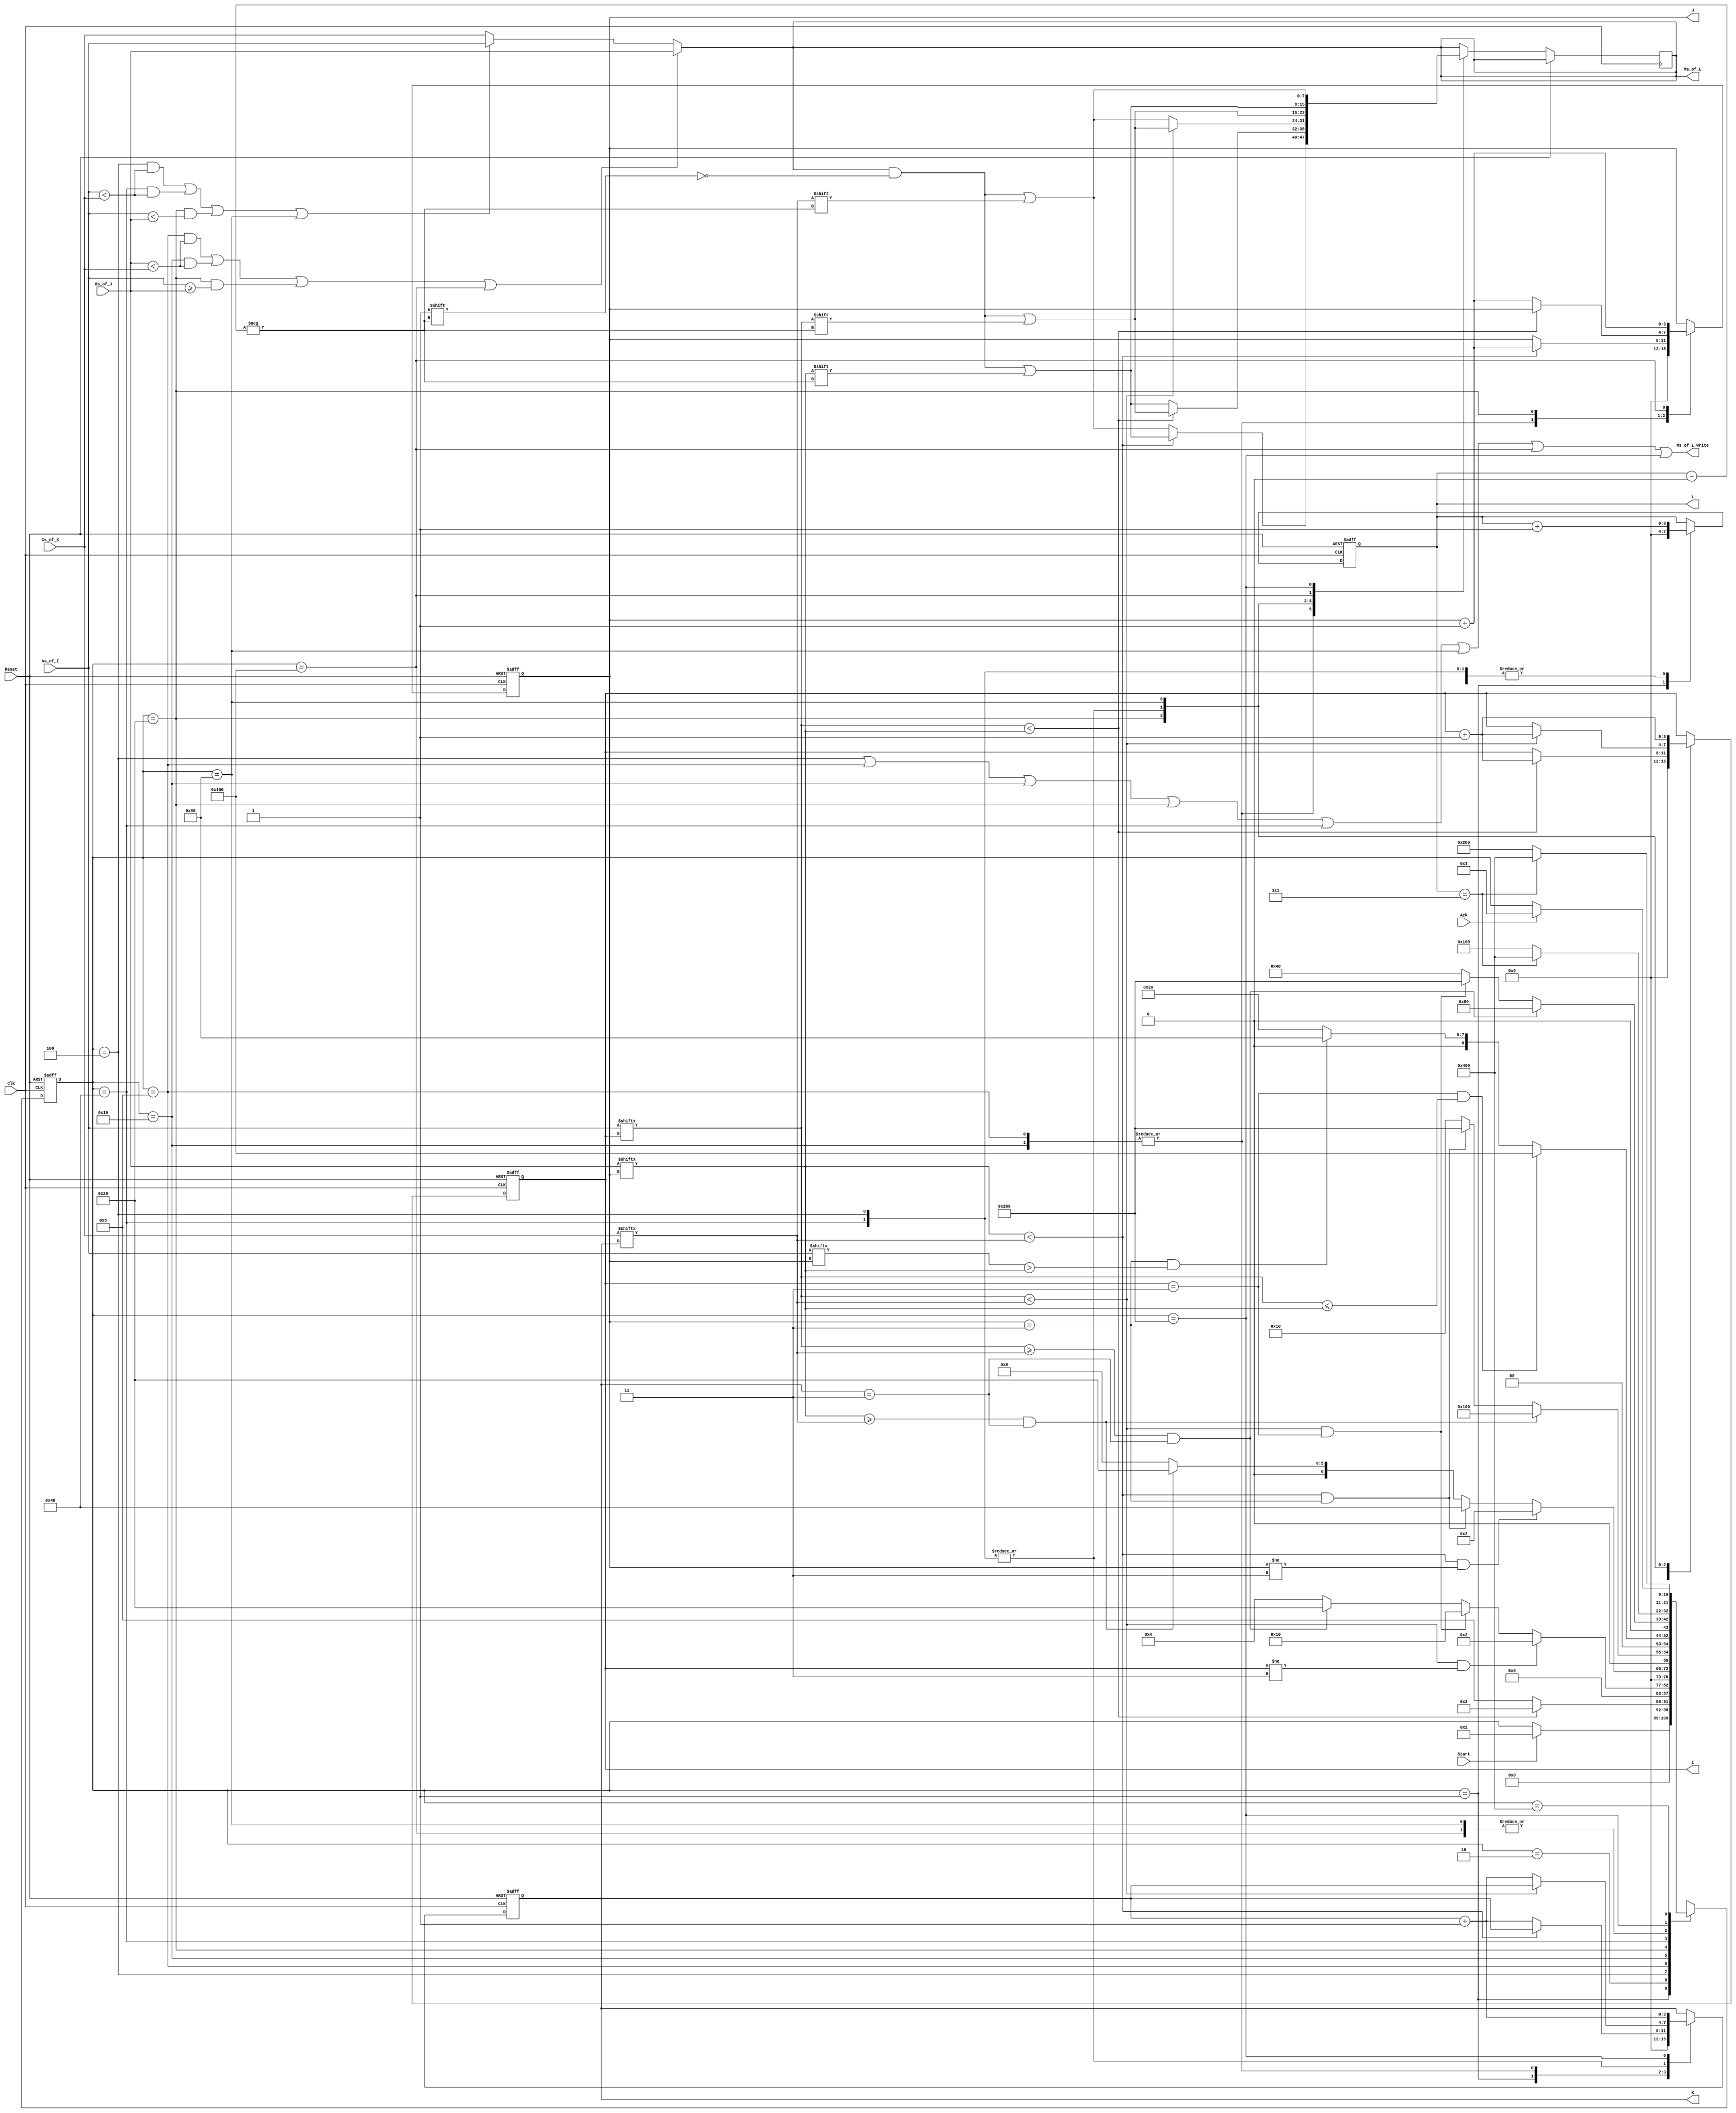
// ---------------------------------------------------------------------------------
//  Module: merge_sort_P4
// 	Design by:  Gandhi Puvvada Dec 2015 
//  Verilog coding by: Urvashi Dhoot <dhoot@usc.edu> and Pezhman Mamdouh <mamdouh@usc.edu> 
//  Minor improvement of code on 1/25/2016 by Gandhi 

//  Description: Merging three 4-element arrays A[I], B[J], C[K] presorted in ascending order 
//				 into a 12-element array M[L] in ascending order
//
//				 Coding note:
//				 Array declaration is different here compared to min_max_finder_part1.v
//
//				 In the min-max lab, the M[I] array was declared in the UUT (Unit 
//				 Under Test) using the statement reg [7:0] M [0:15];
//				 And the testbench min_max_finder_part1_tb.v initializes the content 
//				 of this array by using the heirarchical refering method (UUT.M[I]).
//				 In the UUT, we can write statements such as Max <= M[I]; 
//				 because the array M[I] is declared in the UUT.
//				  
//				 In this lab the arrays, A[I], B[J], C[K] and M[L], are declared in the testbench. 
//				 The UUT manipulates (initializes and increments) the indecies I, J, K, and L 
//				 and conveys them to the testbench.

//				 The testbench returns A[I], B[J], C[K] under the signal names As_of_I and Bs_of_J,
//				 Cs_of_K.

//				 The testbench receives from the UUT the following and writes into M[L]
// 				 the data provided to it by the UUT:
// 				 Ms_of_L, L, and the desire to write Ms_of_L_Write
//				 So the Ms_of_L_Write signal is produced combinationally. The combinational OFL
//				 (which is on the downstream of the state memory Flip-Flops) is coded thoughtfully using 
//				 an assign statement, and not a clocked RTL statement.
//				 So, in this code, we cannot write RTL statements such as M[L] <= A[I];
//				 because the arrays A[I], B[J], C[K], and M[L] are not declared in the UUT.
//				 
// 				 The min-max lab practice is suitable if the arrays such as the register file
//				 are part of the UUT namely the CPU.
//				 The practice shown here is suitable for coding pieces of hardware such as 
//				 a memory controller, because the memory is outside the memory controller.
//				 More on this in higher courses!
// ---------------------------------------------------------------------------------

`timescale 1 ns / 100 ps

module merge_sort_P4 (Reset, Clk, Start, Ack, As_of_I, Bs_of_J, Cs_of_K, Ms_of_L, Ms_of_L_Write, I, J, K, L);


// The testbench or the TOP design has the memory arrays.
// The pointers I, J, K, and L are maintained and updated here in this sub-design.

//inputs and outputs declaration
input Reset, Clk;
input Start, Ack;
input [7:0] As_of_I, Bs_of_J, Cs_of_K;

output reg [3:0] I, J, K, L; 
output Ms_of_L_Write;
output reg [7:0] Ms_of_L;
// reg and wire declaration
reg [10:0] state;

// State machine states
localparam
  INI   = 11'b00000000001,
  CAB 	= 11'b00000000010,
  CACS1 = 11'b00000000100,
  CBCS1 = 11'b00000001000,
  CBCS2 = 11'b00000010000,
  CABS2 = 11'b00000100000,
  CACS2 = 11'b00001000000,
  RA	= 11'b00010000000,
  RB	= 11'b00100000000,
  RC	= 11'b01000000000,
  DONE  = 11'b10000000000,
  UNKN  = 11'bXXXXXXXXXXX;

 localparam 
 Imax=4'b0011, Jmax=4'b0011, Kmax = 4'b0011, Lmax = 4'b0111; 
 
// OFL 
// ** TODO #1 **  Actually there is nothing to do here, 
// except you read the following OFL code and comments closely.
// ======
// beginning of  the OFL
// Note: Here we have deviated from our RTL coding style and created a combinational OFL
assign Ms_of_L_Write = ( (state==CACS1) || (state==CBCS1) || (state==CBCS2) || (state==CABS2) || (state==CACS2) || (state==RA) || (state==RB) || (state==RC) );
// Note that we should not, by mistake, be generating the above signal, Ms_of_L_Write, 
// in the clocked procedural block below. If we do so, we will have a clock delay 
// in activating (and inactivating) Ms_of_L_Write. One of our goals is to make this point, 
// hence we have coded the design with memories in the top/test bench  

always @(*) // Note that we are combinationally conveying the data from A[I] or B[J] or C[K]
		    // to the testbench to deposit it as M[L]
	begin
			Ms_of_L=Cs_of_K; // default assignment to avoid latches
		if( ( (state==CACS1)&& (As_of_I<Cs_of_K) ) || ( (state==CACS2)&& (As_of_I<Cs_of_K) ) || ( (state==CABS2)&& (As_of_I<Bs_of_J) )  || (state==RA)  )
			Ms_of_L=As_of_I;
		if( ( (state==CBCS1)&& (Bs_of_J<Cs_of_K) ) || ( (state==CBCS2)&& (Bs_of_J<Cs_of_K) ) || ( (state==CABS2)&& (As_of_I>=Bs_of_J) )  || (state==RB)  )
			Ms_of_L=Bs_of_J;
	end	


//start of state machine
always @(posedge Clk, posedge Reset) //asynchronous active_high Reset
 begin  
	   if (Reset) 
	       begin
	           I <= 4'bXXXX;
	           J <= 4'bXXXX;
			   K <= 4'bXXXX;
			   L<=	4'bXXXX;
			   state <= INI;
	       end
       else // under positive edge of the clock
         begin
            case (state) // state and data transfers
                 		INI:
					begin
                        			if(Start) 
							state <= CAB;
					   	I <= 4'b0000;
						J <= 4'b0000;
						K <= 4'b0000;
						L <= 4'b0000;
					end
                       
                 		CAB:       // ** TODO #2 **  Complete State transitions. RTL operations are already completed.            
                    			begin  	// Please see the "assign Ms_of_L_Write =  ..." line in the OFL
							// and also see the combinational always (*) block above in the OFL
						// State transitions in the CU
						if (As_of_I[I] < Bs_of_J[J])
							state <= CAB;
						else //if (As_of_I[I] >= Bs_of_J[J])
							state <= CBCS1;
	
						// RTL operations in the DPU
						//none
					end
				 
				 CACS1:		// ** TODO #3 **  Complete State transitions. RTL operations are already completed.
					begin
						// State transitions in the CU

						if ((As_of_I[I] < Cs_of_K[K]) && (I != 3))
							state <= CAB;
						else if ((As_of_I[I] < Cs_of_K[K]) && (I == 3))
							state <= CBCS2;
						else if ((As_of_I[I] >= Cs_of_K[K]) && (K == 3))
							state <= CABS2;
						else
							state <= CACS1;
							
						// RTL operations in the DPU	
						L<=L+1;
						if(As_of_I[I] < Cs_of_K[K]) begin
							Ms_of_L[L] <= As_of_I[I];
							I<=I+1;
						end
						else begin
							Ms_of_L[L] <= Cs_of_K[K];
							K<=K+1;
						end
					end
					
				 CBCS1:		// ** TODO #4 **  Complete State transitions. RTL operations are already completed.
					begin
						// State transitions in the CU

						if ((Bs_of_J[J] < Cs_of_K[K]) && (J != 3))
							state <= CAB;
						else if ((Bs_of_J[J] < Cs_of_K[K]) && (J == 3))
							state <= CACS2;
						else if ((Bs_of_J[J] >= Cs_of_K[K]) && (K == 3))
							state <= CABS2;
						else
							state <= CBCS1;

						// RTL operations in the DPU	
						L<=L+1;
						if(Bs_of_J[J] < Cs_of_K[K]) begin
							Ms_of_L[L] <= Bs_of_J[J];
							J<=J+1;
						end
						else begin
							Ms_of_L[L] <= Cs_of_K[K];
							K<=K+1;
						end
					end
					
				CBCS2:		// ** TODO #5 **  Complete State transitions. RTL operations are already completed.
					begin
						// State transitions in the CU
						if ((K == 3) && (Bs_of_J[J] >= Cs_of_K[K]))
							state <= RB;
						else if ((J == 3) && (Bs_of_J[J] < Cs_of_K[K]))
							 state <= RC;
						else
							state <= CBCS2;

						// RTL operations in the DPU	
						L<=L+1;
						if(Bs_of_J[J] < Cs_of_K[K]) begin
							Ms_of_L[L] <= Bs_of_J[J];
							J<=J+1;
						end
						else begin
							Ms_of_L[L] <= Cs_of_K[K];
							K<=K+1;
						end
					end

				CABS2:		// ** TODO #6 **  Complete State transitions. RTL operations are already completed.
					begin
						// State transitions in the CU
						if ((I == 3) && (As_of_I[I] <= Bs_of_J[J]))
							state <= RB;
						else if ((J == 3) && (As_of_I[J] > Bs_of_J[J]))
							 state <= RA;
						else
							state <= CABS2;
							
						// RTL operations in the DPU
						L<=L+1;
						if(As_of_I[I] < Bs_of_J[J]) begin
							Ms_of_L[L] <= As_of_I[I];
							I<=I+1;
						end
						else begin
							Ms_of_L[L] <= Bs_of_J[J];
							J<=J+1;
						end
					end
					
				CACS2:		// ** TODO #7 **  Complete State transitions. RTL operations are already completed.
					begin
						// State transitions in the CU
						if ((K == 3) && (As_of_I[I] >= Cs_of_K[K]))
							state <= RA;
						else if ((I == 3) && (As_of_I[I] < Cs_of_K[K]))
							 state <= RC;
						else
							state <= CACS2;

						// RTL operations in the DPU
						L<=L+1;
						if(As_of_I[I] < Cs_of_K[K]) begin
							Ms_of_L[L] <= As_of_I[I];
							I<=I+1;
						end
						else begin
							Ms_of_L[L] <= Cs_of_K[K];
							K<=K+1;
						end
					end
					
				RA:		// ** TODO #8 **  Complete State transitions. RTL operations are already completed.
				begin
					// State transitions in the CU
					if (L == Lmax)
						state <= DONE;
					else
						state <= RB;
							
					// RTL operations in the DPU	
					Ms_of_L[L] <= As_of_I[I];
					I<=I+1;
					L<=L+1;
				end

				RB:		// ** TODO #9 **  Complete State transitions. RTL operations are already completed.
				begin
					// State transitions in the CU
					if (L == Lmax)
						state <= DONE;
					else
						state <= RB;
							
					// RTL operations in the DPU
					Ms_of_L[L] <= Bs_of_J[J];
					J<=J+1;
					L<=L+1;
				end

				RC:		// ** TODO #10 **  Complete State transitions. RTL operations are already completed.
				begin
					// State transitions in the CU
					if (L == Lmax)
						state <= DONE;
					else
						state <= RC;

					// RTL operations in the DPU	
					Ms_of_L[L] <= Cs_of_K[K];
					K<=K+1;
					L<=L+1;
				end
				
				DONE:
					// State transitions in the CU
					if(Ack)
						state<=INI;
				default: 
                    begin
                         state <= UNKN;    
                    end
            endcase
         end   
end
 

endmodule